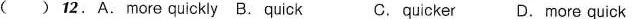
( ) 12.A.More quickly B. Quick C.quicker D.More quick